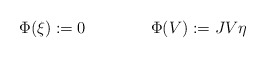
\begin{align*} \Phi(\xi):=0\qquad\qquad\Phi(V):=JV\eta \end{align*}